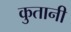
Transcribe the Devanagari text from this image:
कुतानी